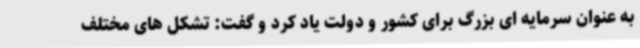
به عنوان سرمایه ای بزرگ برای کشور و دولت یاد کرد و گفت: تشکل های مختلف